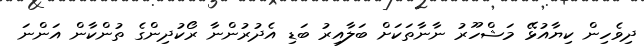
ދިވެހިން ކިޔާއުޅޭ މަޝްހޫރު ނާނާތަކަށް ބަލާއިރު ބަޑި އެދުރުންނާ ރޯކުދިންގެ ތުންކާން އަންނަ